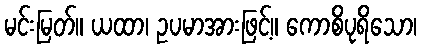
မင်းမြတ်။ ယထာ၊ ဥပမာအားဖြင့်။ ကောစိပုရိသော၊